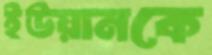
ইউয়ানকে